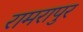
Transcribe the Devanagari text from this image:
रामरापुर